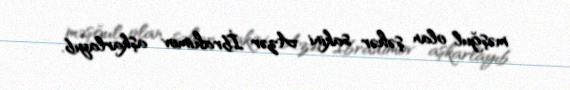
məşğul olan şəhər sakini Azər İbrahimov aşkarlayıb.